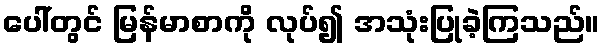
ပေါ်တွင် မြန်မာစာကို လုပ်၍ အသုံးပြုခဲ့ကြသည်။